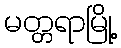
မတ္တရာမြို့